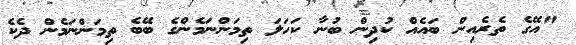
"އޭގެ ތެރެއިން ބައެއް ކުދިން ބުނާ ކަހަލަ ތިމަންނަމެންގެ ބޭބެ ތިމަންނަމެން ދެކެ